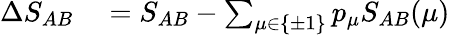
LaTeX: \begin{array}{rl}{\Delta S_{AB}}&{{}=S_{AB}-\sum_{\mu\in\{ \pm 1\} }p_{\mu}S_{AB}(\mu)}\end{array}